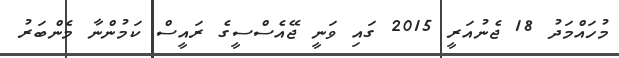
މުހައްމަދު 18 ޖެނުއަރީ 2015 ގައި ވަނީ ޖޭއެސްސީގެ ރައީސް ކަމުންނާ މެންބަރު